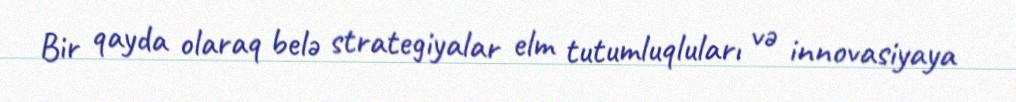
Bir qayda olaraq belə strategiyalar elm tutumluqluları və innovasiyaya